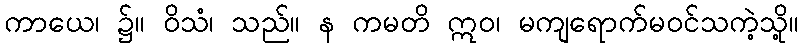
ကာယေ၊ ၌။ ဝိသံ၊ သည်။ န ကမတိ ဣဝ၊ မကျရောက်မဝင်သကဲ့သို့။